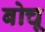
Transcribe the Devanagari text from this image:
बोचू